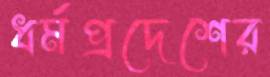
ধর্মপ্রদেশের